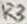
Text: R3